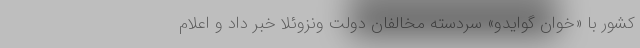
کشور با «خوان گوایدو» سردسته مخالفان دولت ونزوئلا خبر داد و اعلام